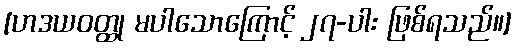
[ဟဒယဝတ္ထု မပါသောကြောင့် ၂၇-ပါး ဖြစ်ရသည်။]